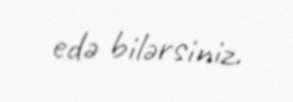
edə bilərsiniz.